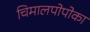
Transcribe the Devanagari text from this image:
चिमालपोपोका